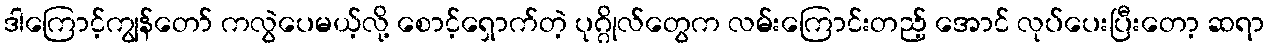
ဒါကြောင့်ကျွန်တော် ကလွဲပေမယ့်လို့ စောင့်ရှောက်တဲ့ ပုဂ္ဂိုလ်တွေက လမ်းကြောင်းတည့် အောင် လုပ်ပေးပြီးတော့ ဆရာ